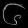
Digit: ၆